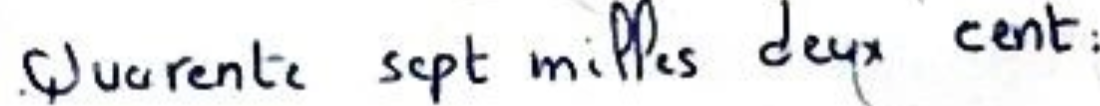
Quarente sept milles deux cent